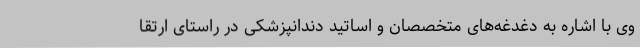
وی با اشاره به دغدغه‌های متخصصان و اساتید دندانپزشکی در راستای ارتقا